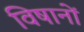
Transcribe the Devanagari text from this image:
विषानों